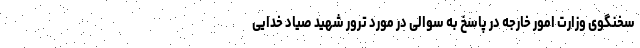
سخنگوی وزارت امور خارجه در پاسخ به سوالی در مورد ترور شهید صیاد خدایی